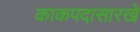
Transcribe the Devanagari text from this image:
काकपदासारखे